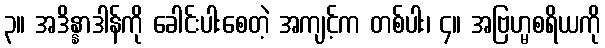
၃။ အဒိန္နာဒါန်ကို ခေါင်းပါးစေတဲ့ အကျင့်က တစ်ပါး၊ ၄။ အဗြဟ္မစရိယကို